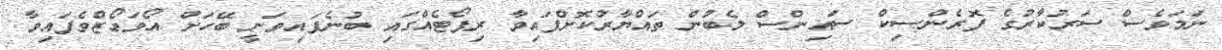
ނަމަވެސް ސަރުކާރުގެ ފޮރެންސިކް ސައިންސް ލެބުން ތައްޔާރުކޮށްފައިވާ ރިޕޯޓެއްގައި ބުނެފައިވަނީ ބޭހަށް އޯވަޑޯޒްވެފައިވާ